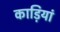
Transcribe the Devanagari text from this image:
काड़ियां